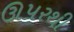
ઊપરથી